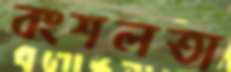
বংশলতা